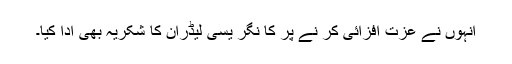
انہوں نے عزت افزائی کر نے پر کا نگر یسی لیڈران کا شکریہ بھی ادا کیا۔